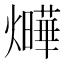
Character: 𤒃